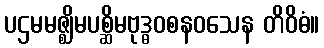
ပဌမမဇ္ဈိမပစ္ဆိမဗုဒ္ဓဝစနဝသေန တိဝိဓံ။